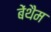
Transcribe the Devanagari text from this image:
बेंथैम